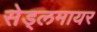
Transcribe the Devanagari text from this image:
सेड्लमायर